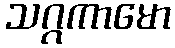
သဂ္ဂကာမော